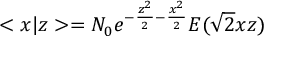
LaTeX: < x | z > = N _ { 0 } e ^ { - \frac { z ^ { 2 } } 2 - \frac { x ^ { 2 } } 2 } E ( \sqrt { 2 } x z )